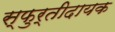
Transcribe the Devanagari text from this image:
स्फुर्तीदायक